Karu_vallavalitsus_Parnumaal, lk 53
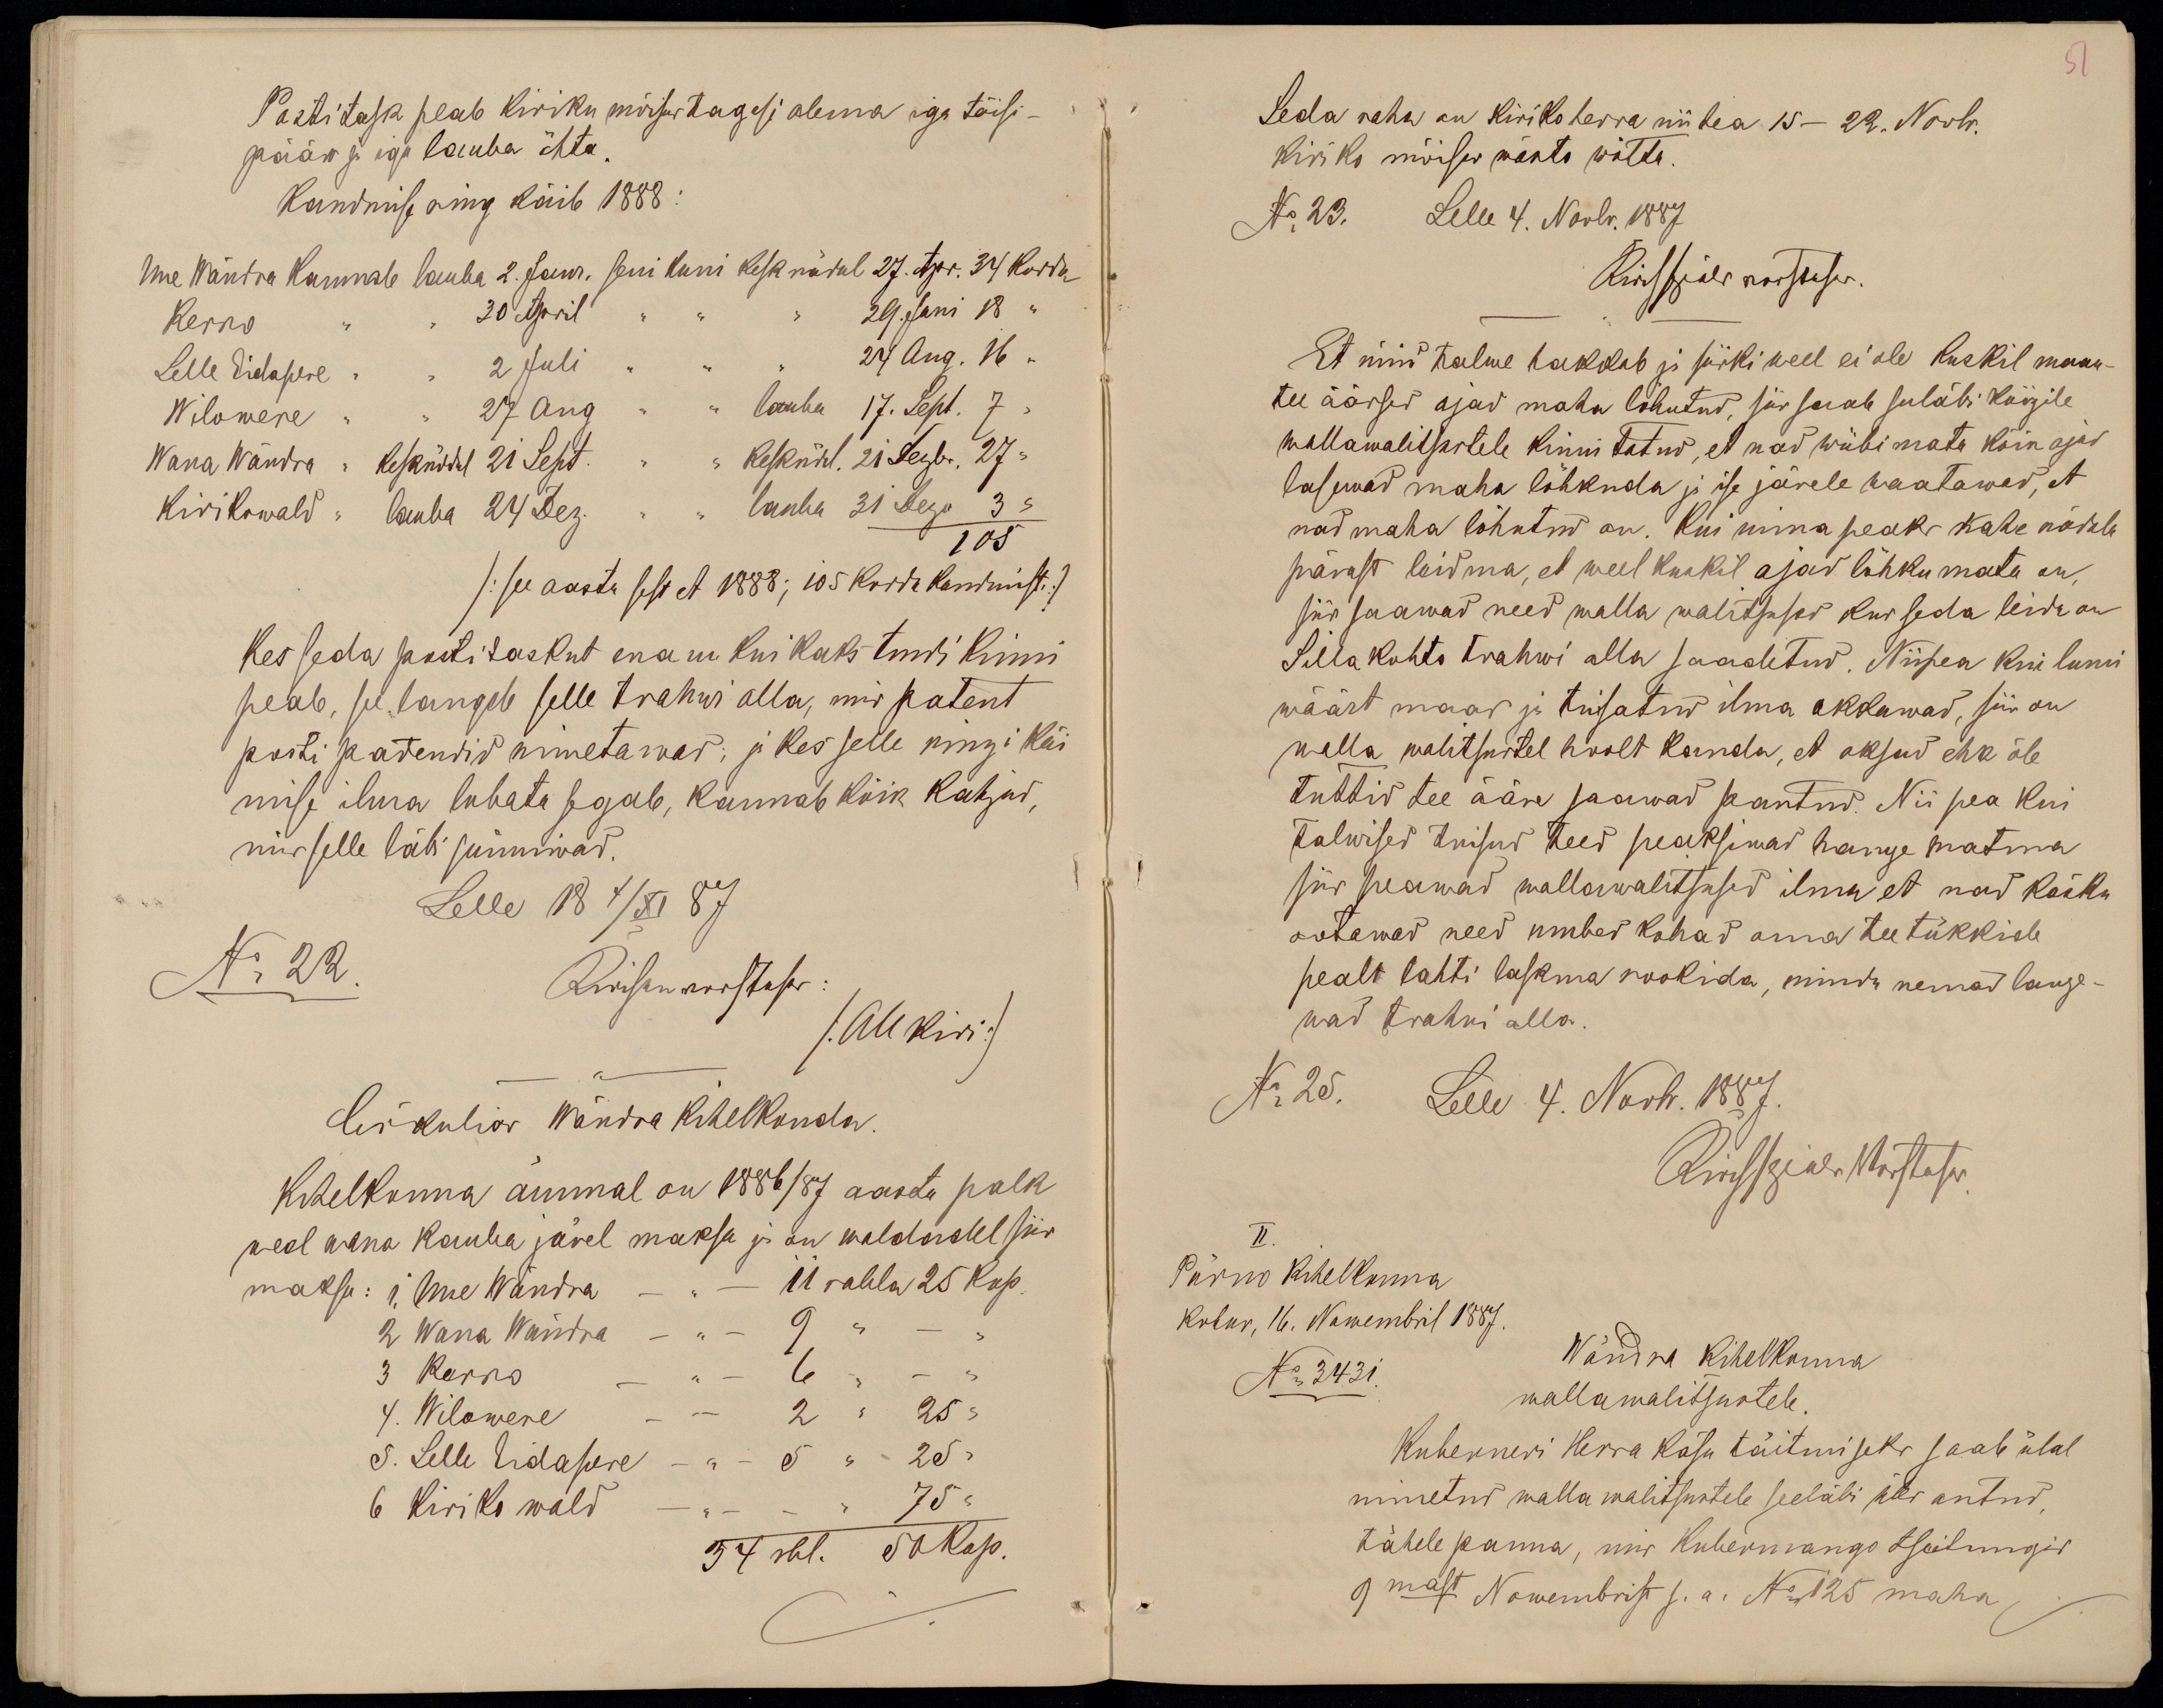
51

Postitask peab kiriku mõisas tagasi olema iga tõisi-
pääw ja iga lauba õhta.
Kandmise ring käib 1888:
Uue Wändra kannab lauba 2. Jaan. seni kuni kesknädal 27. Apr. 34 korda
Kerro " " 30 April " " " 29. Juni 18 "
Lelle Eidapere " " 2 Juli " " " 24 Aug. 16 "
Wilowere " " 27 aug " " lauba 17. Sept. 7 "
Wana Wändra " kesknädal 21 Sept." " kesknäd. 21. Dezbr. 27 "
kirikowald " lauba 24 Dez. " " lauba 31 Dezn 3 "
105
/see aasta sest et 1888; 105 korda kandmist/
Kes seda postitaskut enam kui kaks tundi kinni
peab, se langeb selle trahwi alla, mis patent
posti patendid nimetawad: ja kes selle ringi käi
mise ilma lubata segab, kannab kõik kahjud,
mis selle läb sünniwad.
Lelle 18 X/XI 87
No 22.
/Allkiri/
Cirkuliar Wändra kihelkonda.
Kihelkonna ämmal on 1886/87 aasta palk
weel wana kauba järel maksa ja on waldadel siis
maksa: 1, Uue Wändra - " - 11 rubla 25 kop.
2 Wana Wändra - " - 9 " - "
3 Kerro - " - 6 " - "
4. Wilowere - " - 2 " 25 "
5. Lelle Eidapere - " - 5 " 25 "
6 Kiriko wald - " - " 75 "
34 rbl. 50 Kop.

Seda raha on kiriko herra nii hea 15 - 22. Novbr.
kiriko mõisas wästo wõtta.
No 23. Lelle 4. Novbr. 1887
Et nüid talwe hakkab ja siiski weel ei ole kuskil maan-
tee äärsed ajad maha lõhutud, siis saab seeläbi kõigile
wallawalitsustele kinnitatud, et nad wiibimata kõik ajad
lasewad maha lõhkuda ja ise järele waatawad, et
nad maha lõhutud on. Kui mina peaks kahe nädala
pärast leidma, et weel kuskil ajad lõhkumata on,
siis saawad need walla walitsused kus seda leida on
Silla kohto trahwi alla saadetud. Niipea kui lumi
wäärt maas ja tuisatud ilma akkawad, siis on
walla walitsustel hoolt kanda, et oksad ehk õle
tuttid tee ääre saawad pantud. Nii pea kui
talwised tuisud teed peaksiwad hange matma
siis peawad wallawalitsused ilma et nad käsku
ootawad need umbed kohad oma tee tükkide
pealt lahti laskma rookida, muidu nemad lange-
wad trahwi alla.
No 25. Lelle 4. Novbr. 1887.
II.
Pärno Kihelkonna
Kohus, 16. Nowembril 1887.
No 3431.
Wändra kihelkonna
wallawalitsustele.
Kuberneri Herra käsu täitmiseks saab ülal
nimetud walla walitsustele seeläbi üles antud,
tähele panna, mis Kubermango tseitungis
9mast Nowembrist s.a. No 125 maha